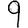
Digit: 9